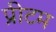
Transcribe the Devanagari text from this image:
प्रीटम